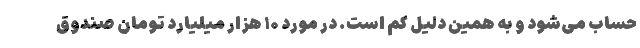
حساب می‌شود و به همین دلیل کم است. در مورد ۱۰ هزار میلیارد تومان صندوق